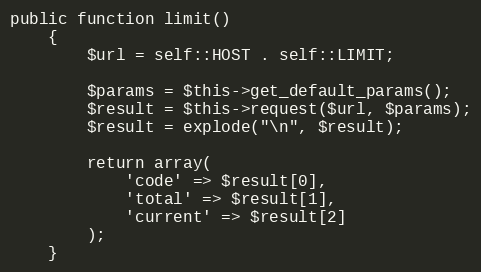
Language: PHP
public function limit()
    {
        $url = self::HOST . self::LIMIT;

        $params = $this->get_default_params();
        $result = $this->request($url, $params);
        $result = explode("\n", $result);

        return array(
            'code' => $result[0],
            'total' => $result[1],
            'current' => $result[2]
        );
    }